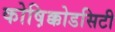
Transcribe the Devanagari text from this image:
कोष़िक्कोडसिटी